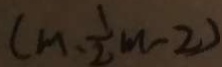
( m \cdot \frac { 1 } { 2 } m - 2 )